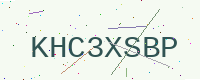
Text: KHC3XSBP